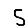
Digit: 5